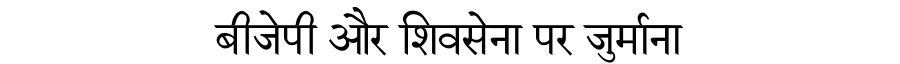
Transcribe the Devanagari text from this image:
बीजेपी और शिवसेना पर जुर्माना